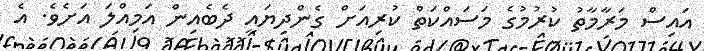
އައިސް މަރާމާތު ކުރުމުގެ މަސަައްކަތް ކުރިއަށް ގެންދިޔައީ ދެބެއިން އަމިއްލަ އަށެވެ. އެ